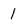
Character: 1